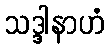
သဒ္ဒါနာဟံ